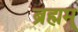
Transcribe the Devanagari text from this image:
ब्रह्मम्